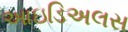
આઇડિઅલસ